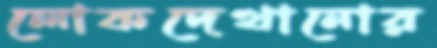
লোকদেখানোর